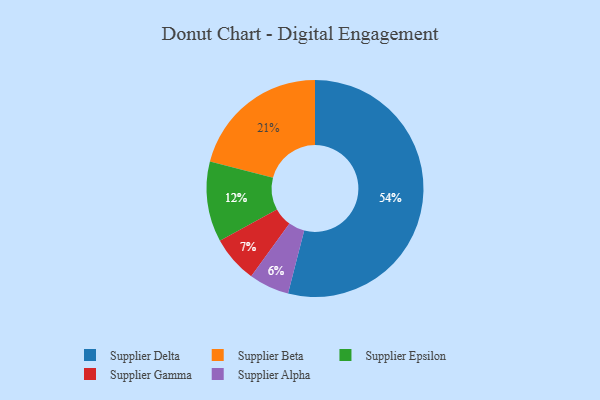
{"axis": {"x": "Category", "y": "Percentage"}, "legend": ["Supplier Alpha", "Supplier Beta", "Supplier Delta", "Supplier Epsilon", "Supplier Gamma"], "data": [{"x": "Supplier Gamma", "y": 7, "type": "Supplier Gamma"}, {"x": "Supplier Alpha", "y": 6, "type": "Supplier Alpha"}, {"x": "Supplier Beta", "y": 21, "type": "Supplier Beta"}, {"x": "Supplier Delta", "y": 54, "type": "Supplier Delta"}, {"x": "Supplier Epsilon", "y": 12, "type": "Supplier Epsilon"}]}